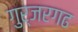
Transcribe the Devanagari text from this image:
गुर्जरगढ